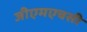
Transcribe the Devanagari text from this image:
जीएमएचसी